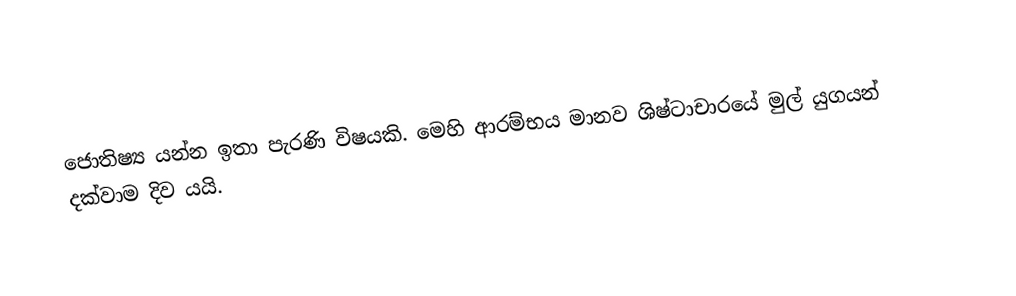
ජොතිෂ්‍ය යන්න ඉතා පැරණි විෂයකි. මෙහි ආරම්භය මානව ශිෂ්ටාචාරයේ මුල් යුගයන් දක්වාම දිව යයි.